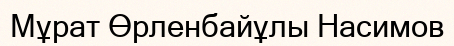
Мұрат Өрленбайұлы Насимов